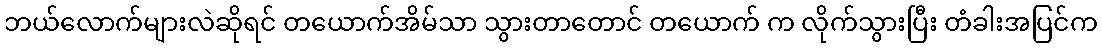
ဘယ်လောက်များလဲဆိုရင် တယောက်အိမ်သာ သွားတာတောင် တယောက် က လိုက်သွားပြီး တံခါးအပြင်က